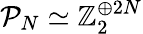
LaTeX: \mathcal P_{N}\simeq\mathbb Z_{2}^{\oplus 2N}